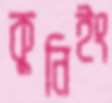
কুনিইং